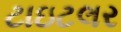
ટાઇટલર